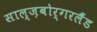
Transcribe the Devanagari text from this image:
साल्ज़बोर्गरलैंड